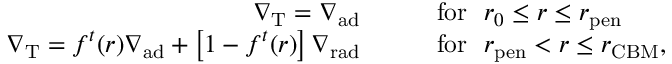
\begin{array} { r l } { \nabla _ { \mathrm { T } } = \nabla _ { \mathrm { a d } } \qquad } & { \mathrm { f o r } \ \ r _ { 0 } \leq r \leq r _ { \mathrm { p e n } } } \\ { \nabla _ { \mathrm { T } } = f ^ { t } ( r ) \nabla _ { \mathrm { a d } } + \left[ 1 - f ^ { t } ( r ) \right] \nabla _ { \mathrm { r a d } } \qquad } & { \mathrm { f o r } \ \ r _ { \mathrm { p e n } } < r \leq r _ { \mathrm { C B M } } , } \end{array}